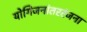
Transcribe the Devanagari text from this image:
योगिजनांतररंजना